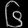
Digit: ၆